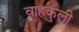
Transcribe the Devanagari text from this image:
वाहकुली